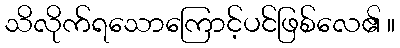
သိလိုက်ရသောကြောင့်ပင်ဖြစ်လေ၏ ။